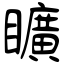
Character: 矌